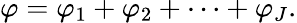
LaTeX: \varphi=\varphi_{1}+\varphi_{2}+\cdots+\varphi_{J}.